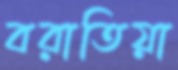
বরাতিয়া